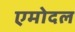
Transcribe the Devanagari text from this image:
एमोदल